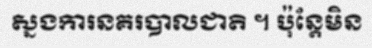
ស្នងការនគរបាលជាតិ ។ ប៉ុន្តែមិន